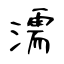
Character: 濡